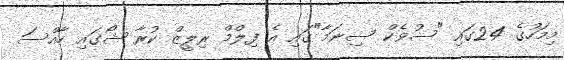
މިމަހުގެ 24ގައި "ސުވެކް ސިނަމާ"ގައި އެ ފިލްމް ރިލީޒް ކުރާ ޝޯގައި ހާއްސަ